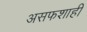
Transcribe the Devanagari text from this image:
असफशाही